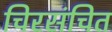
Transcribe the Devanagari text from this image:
चिरसंचित